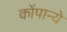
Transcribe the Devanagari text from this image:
कोंपान्ये